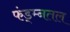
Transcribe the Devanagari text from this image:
फंड्म्नतल